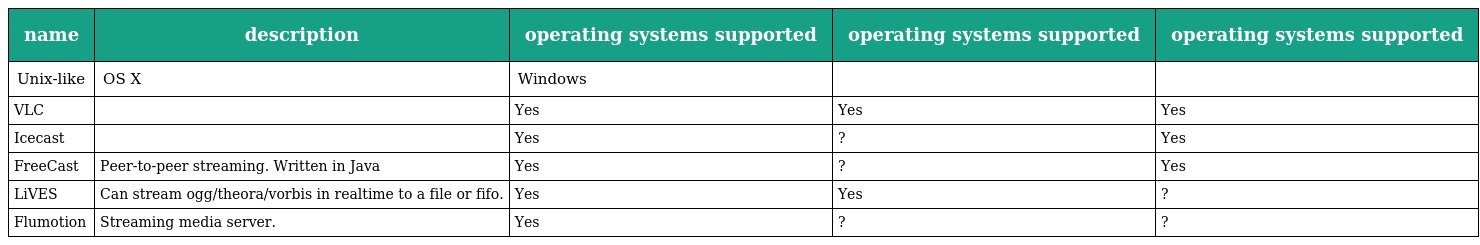
| name | description | operating systems supported | operating systems supported | operating systems supported |
 | --- | --- | --- | --- | --- |
 | Unix-like | OS X | Windows |  |  |
 | VLC |  | Yes | Yes | Yes |
 | Icecast |  | Yes | ? | Yes |
 | FreeCast | Peer-to-peer streaming. Written in Java | Yes | ? | Yes |
 | LiVES | Can stream ogg/theora/vorbis in realtime to a file or fifo. | Yes | Yes | ? |
 | Flumotion | Streaming media server. | Yes | ? | ? |